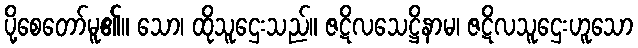
ပို့စေတော်မူ၏။ သော၊ ထိုသူဌေးသည်။ ဇဋိလသေဋ္ဌိနာမ၊ ဇဋိလသူဌေးဟူသော